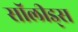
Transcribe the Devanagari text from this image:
सॉलीड्स